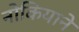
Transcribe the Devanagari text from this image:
नोकियाने